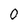
Character: 0